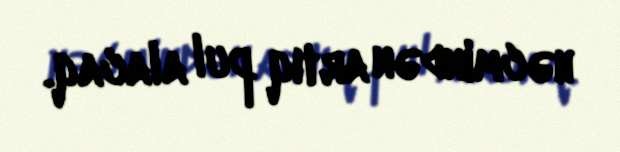
həcmindən artıq pul alacaq.